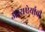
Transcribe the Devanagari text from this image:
अस्थऐर्याची